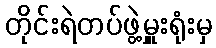
တိုင်းရဲတပ်ဖွဲ့မှူးရုံးမှ